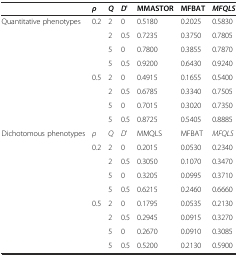
<table><thead><tr><td></td><td><b><i>ρ</i></b></td><td><b><i>Q</i></b></td><td><b><i>D</i>&#x27;</b></td><td><b>MMASTOR</b></td><td><b>MFBAT</b></td><td><b><i>MFQLS</i></b></td></tr></thead><tbody><tr><td rowspan="8">Quantitative phenotypes</td><td rowspan="4">0.2</td><td>2</td><td>0</td><td>0.5180</td><td>0.2025</td><td>0.5830</td></tr><tr><td>2</td><td>0.5</td><td>0.7235</td><td>0.3750</td><td>0.7805</td></tr><tr><td>5</td><td>0</td><td>0.7800</td><td>0.3855</td><td>0.7870</td></tr><tr><td>5</td><td>0.5</td><td>0.9200</td><td>0.6430</td><td>0.9240</td></tr><tr><td rowspan="4">0.5</td><td>2</td><td>0</td><td>0.4915</td><td>0.1655</td><td>0.5400</td></tr><tr><td>2</td><td>0.5</td><td>0.6785</td><td>0.3340</td><td>0.7505</td></tr><tr><td>5</td><td>0</td><td>0.7015</td><td>0.3020</td><td>0.7350</td></tr><tr><td>5</td><td>0.5</td><td>0.8725</td><td>0.5405</td><td>0.8885</td></tr><tr><td rowspan="9">Dichotomous phenotypes</td><td><i>ρ</i></td><td><i>Q</i></td><td><i>D</i>&#x27;</td><td>MMQLS</td><td>MFBAT</td><td><i>MFQLS</i></td></tr><tr><td rowspan="4">0.2</td><td>2</td><td>0</td><td>0.2015</td><td>0.0530</td><td>0.2340</td></tr><tr><td>2</td><td>0.5</td><td>0.3050</td><td>0.1070</td><td>0.3470</td></tr><tr><td>5</td><td>0</td><td>0.3205</td><td>0.0995</td><td>0.3710</td></tr><tr><td>5</td><td>0.5</td><td>0.6215</td><td>0.2460</td><td>0.6660</td></tr><tr><td rowspan="4">0.5</td><td>2</td><td>0</td><td>0.1795</td><td>0.0535</td><td>0.2130</td></tr><tr><td>2</td><td>0.5</td><td>0.2945</td><td>0.0915</td><td>0.3270</td></tr><tr><td>5</td><td>0</td><td>0.2670</td><td>0.0910</td><td>0.3085</td></tr><tr><td>5</td><td>0.5</td><td>0.5200</td><td>0.2130</td><td>0.5900</td></tr></tbody></table>